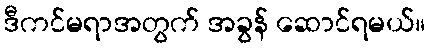
ဒီကင်မရာအတွက် အခွန် ဆောင်ရမယ်။